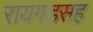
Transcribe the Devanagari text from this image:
रायगडसह